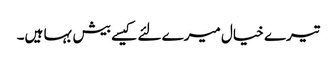
تیرے خیال میرے لئے کیسے بیش بہا ہیں۔